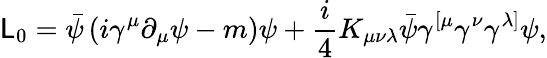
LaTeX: {\cal\mathsf{L}}_{0}=\bar{{\psi}}\left(i\gamma^{\mu}\partial_{\mu}\psi-m\right)\psi+\frac{{i}}{{4}}K_{\mu\nu\lambda}\bar{{\psi}}\gamma^{\left[\mu\right.}\gamma^{\nu}\gamma^{\left.\lambda\right]}\psi,